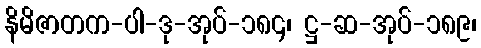
နိမိဇာတက-ပါ-ဒု-အုပ်-၁၈၄၊ ဋ္ဌ-ဆ-အုပ်-၁၈၉၊